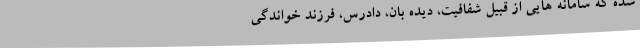
شده که سامانه هایی از قبیل شفافیت، دیده بان، دادرس، فرزند خواندگی